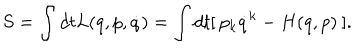
S = \int d t L ( q , p , \dot { q } ) = \int d t [ \: p _ { k } \dot { q } ^ { k } - H ( q , p ) \: ] .